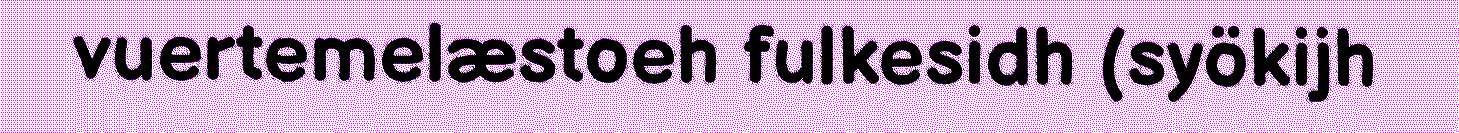
vuertemelæstoeh fulkesidh (syökijh